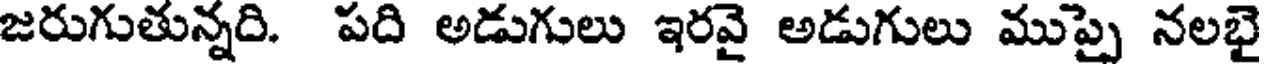
జరుగుతున్నది. పది అడుగులు ఇరవై అడుగులు ముప్పై నలభై